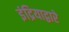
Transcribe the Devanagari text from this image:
इंद्रियाद्वारे